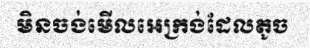
មិនចង់មើលអេក្រង់ដែលតូច